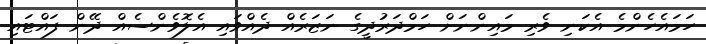
ހަމައެހެންމެ އެކަނި ވެރި މައިންނަށް ހަމްދަރުދީގެ ނަޒަރެއް ދެއްވައި އެލޮވެންސެއް ދޭން ފައްޓައި